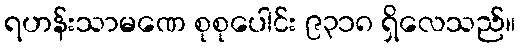
ရဟန်းသာမဏေ စုစုပေါင်း ၉၃၁၈ ရှိလေသည်။